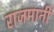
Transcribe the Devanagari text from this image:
राजमानी